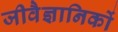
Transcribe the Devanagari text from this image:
जीवैज्ञानिकों